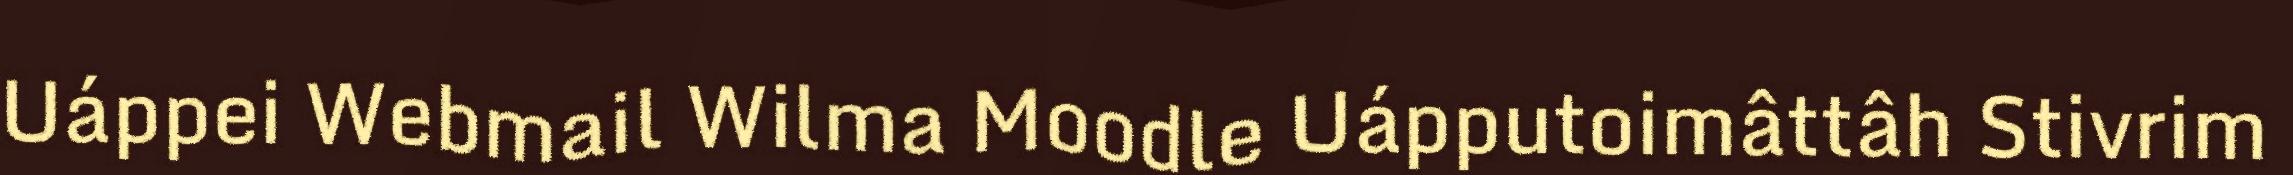
Uáppei Webmail Wilma Moodle Uápputoimâttâh Stivrim